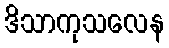
ဒိသာကုသလေန